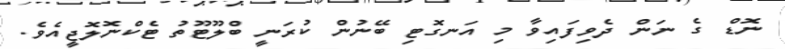
ނޮޑް ގެ ނަން ދެވިފައިވާ މި އަނގޮޓި ބޭނުން ކުރަނީ ބްލޫޓޫތު ޓެކްނޮލޮޖީއެވެ.